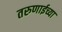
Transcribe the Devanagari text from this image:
तरुणाईच्या